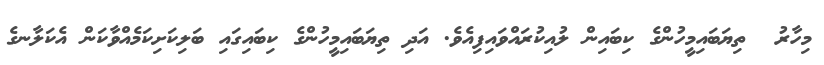
މިހާރު  ތިޔަބައިމީހުންގެ ކިބައިން ލުއިކުރައްވައިފިއެވެ. އަދި ތިޔަބައިމީހުންގެ ކިބައިގައި ބަލިކަށިކަމެއްވާކަން އެކަލާނގެ